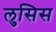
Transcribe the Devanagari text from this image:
लुसिस